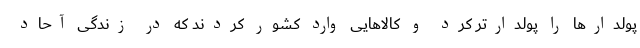
پولدارها را پولدارتر کرد و کالاهایی وارد کشور کردند که در زندگی آحاد